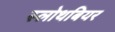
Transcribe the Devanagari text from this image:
स्लोथबियर